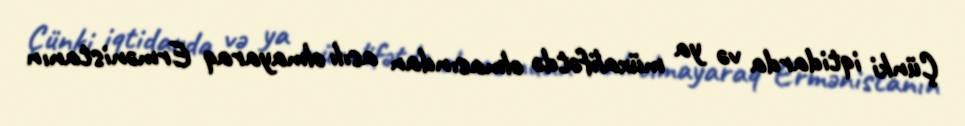
Çünki iqtidarda və ya müxalifətdə olmasından asılı olmayaraq Ermənistanın